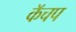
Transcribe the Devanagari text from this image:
कॅचप